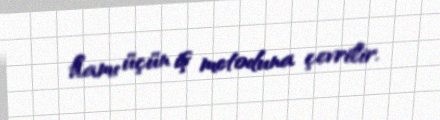
hamı üçün iş metoduna çevrilir.